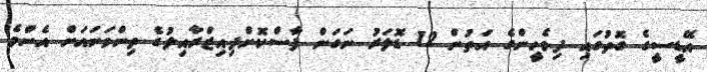
އޭޑީސީގެ ގޮތުގައި ދިވެހީންގެ އަތުން 12 ޑޮލަރު ނަގަން ފާސްކޮށްފިއިޒްރާއިލުގެ ތިންވަނައަށް އެންމެ